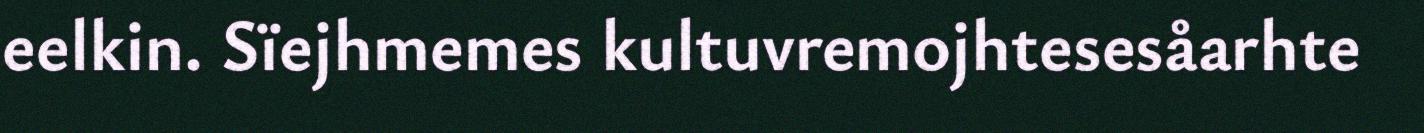
eelkin. Sïejhmemes kultuvremojhtesesåarhte